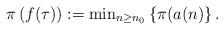
LaTeX: \begin{align*}\pi\left(f(\tau)\right):=\mbox{min}_{n\geq n_0}\left\{\pi(a(n)\right\}.\end{align*}